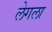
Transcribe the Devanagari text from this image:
लेगला